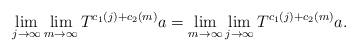
LaTeX: \begin{align*}\lim_{j\to\infty}\lim_{m\to\infty}T^{c_1(j)+c_2(m)}a=\lim_{m\to\infty}\lim_{j\to\infty}T^{c_1(j)+c_2(m)}a.\end{align*}